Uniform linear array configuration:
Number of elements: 64
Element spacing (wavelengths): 0.75
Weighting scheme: kaiser
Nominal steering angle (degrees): -45
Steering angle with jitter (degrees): -46.924
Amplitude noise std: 0.05
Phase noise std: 0.05

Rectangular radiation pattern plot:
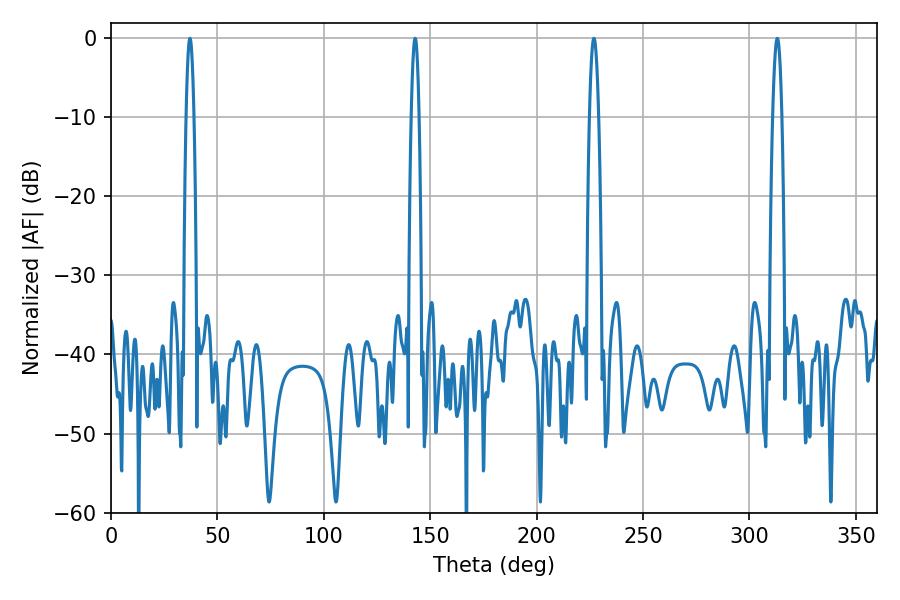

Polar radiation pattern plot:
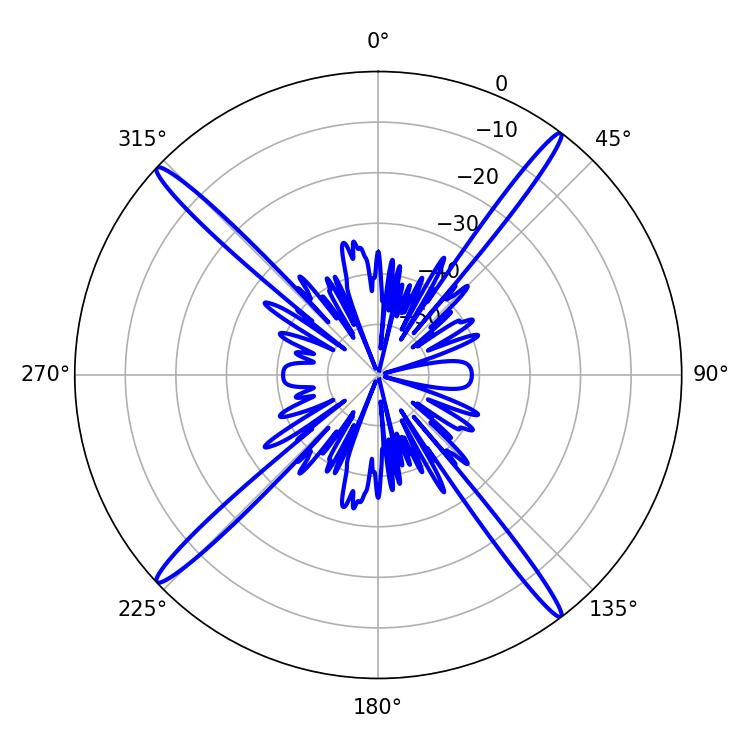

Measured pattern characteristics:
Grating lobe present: TRUE
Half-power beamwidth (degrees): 1.98
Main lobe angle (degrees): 37.08